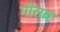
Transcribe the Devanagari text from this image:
गोराब